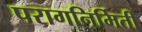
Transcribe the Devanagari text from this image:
परागनिर्मिती